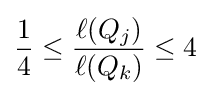
{\frac {1}{4}}\leq {\frac {\ell (Q_{j})}{\ell (Q_{k})}}\leq 4